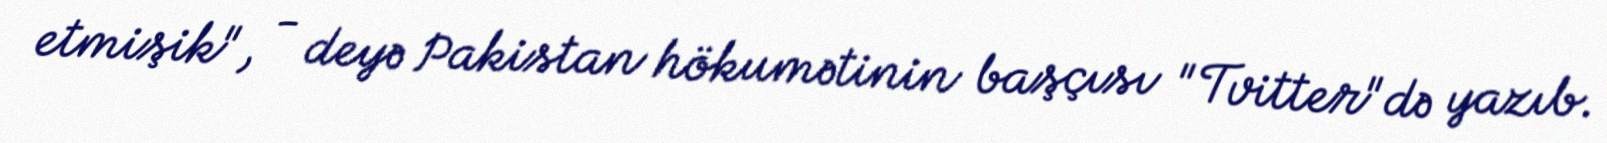
etmişik", - deyə Pakistan hökumətinin başçısı "Tvitter"də yazıb.